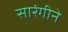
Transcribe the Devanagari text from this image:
सारंगीने